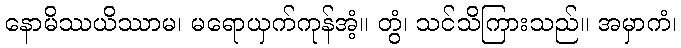
နောမိဿယိဿာမ၊ မရောယှက်ကုန်အံ့။ တွံ၊ သင်သိကြားသည်။ အမှာကံ၊